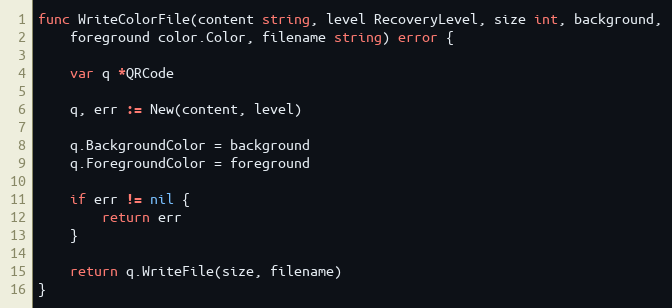
Language: Go
func WriteColorFile(content string, level RecoveryLevel, size int, background,
	foreground color.Color, filename string) error {

	var q *QRCode

	q, err := New(content, level)

	q.BackgroundColor = background
	q.ForegroundColor = foreground

	if err != nil {
		return err
	}

	return q.WriteFile(size, filename)
}